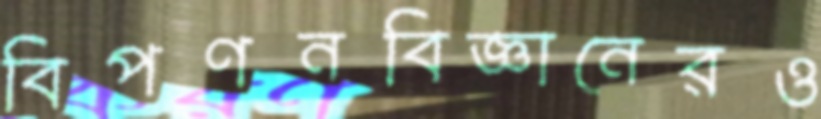
বিপণনবিজ্ঞানেরও